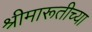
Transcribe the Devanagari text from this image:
श्रीमारूतीच्या